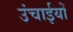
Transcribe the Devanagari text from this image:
उंचाईयों